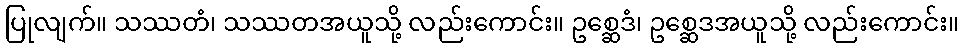
ပြုလျက်။ သဿတံ၊ သဿတအယူသို့ လည်းကောင်း။ ဥစ္ဆေဒံ၊ ဥစ္ဆေဒအယူသို့ လည်းကောင်း။